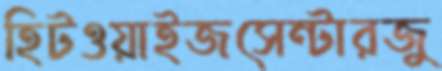
হিটওয়াইজসেন্টারজু